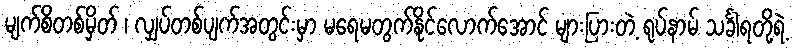
မျက်စိတစ်မှိတ် ၊ လျှပ်တစ်ပျက်အတွင်းမှာ မရေမတွက်နိုင်လောက်အောင် များပြားတဲ့ ရုပ်နာမ် သင်္ခါရတို့ရဲ့